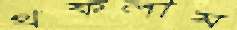
থকলাম